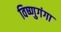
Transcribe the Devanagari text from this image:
विष्णुगंगा